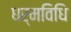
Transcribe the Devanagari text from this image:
धर्मविधि